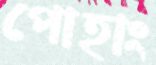
পোহাং